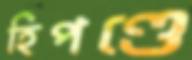
হিপণ্ডে